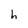
Character: h